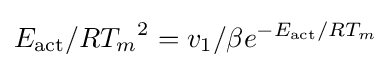
E_{\text{act}}/{RT_{m}}^{2}=v_{1}/\beta e^{-E_{\text{act}}/RT_{m}}